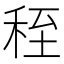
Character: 秷